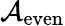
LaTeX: {\mathcal{A}}_{\mathrm{even}}